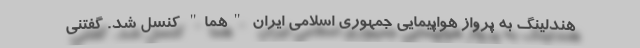
هندلینگ به پرواز هواپیمایی جمهوری اسلامی ایران "هما" کنسل شد. گفتنی